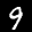
Label: 9